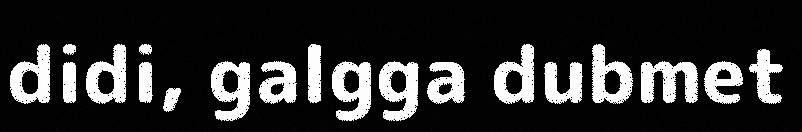
didi, galgga dubmet